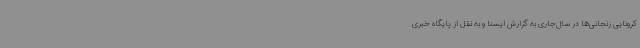
کرونایی زنجانی‌ها در سال‌جاری به گزارش ایسنا و به نقل از پایگاه خبری